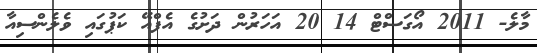
މާލެ- 2011 އޯގަސްޓް 14 20 އަހަރުން ދަށުގެ އެފްއޭ ކަޕުގައި ވެލެންސިއާ